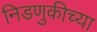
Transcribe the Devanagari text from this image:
निडणुकीच्या